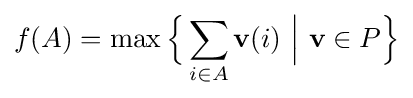
f(A)=\max {\Big \{}\sum _{i\in A}{\textbf {v}}(i)~{\Big |}~{\textbf {v}}\in P{\Big \}}